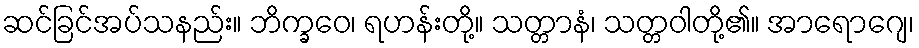
ဆင်ခြင်အပ်သနည်း။ ဘိက္ခဝေ၊ ရဟန်းတို့။ သတ္တာနံ၊ သတ္တဝါတို့၏။ အာရောဂျေ၊